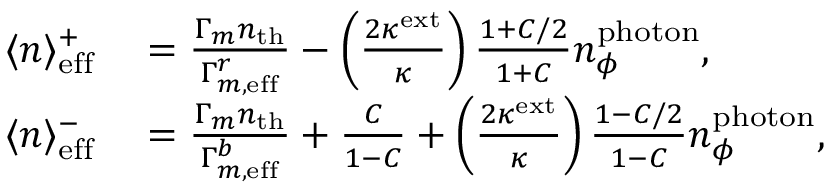
\begin{array} { r l } { \langle n \rangle _ { \mathrm { e f f } } ^ { + } } & { { } = \frac { \Gamma _ { m } n _ { \mathrm { t h } } } { \Gamma _ { m , \mathrm { e f f } } ^ { r } } - \left( \frac { 2 \kappa ^ { \mathrm { e x t } } } { \kappa } \right) \frac { 1 + C / 2 } { 1 + C } n _ { \phi } ^ { \mathrm { p h o t o n } } , } \\ { \langle n \rangle _ { \mathrm { e f f } } ^ { - } } & { { } = \frac { \Gamma _ { m } n _ { \mathrm { t h } } } { \Gamma _ { m , \mathrm { e f f } } ^ { b } } + \frac { C } { 1 - C } + \left( \frac { 2 \kappa ^ { \mathrm { e x t } } } { \kappa } \right) \frac { 1 - C / 2 } { 1 - C } n _ { \phi } ^ { \mathrm { p h o t o n } } , } \end{array}